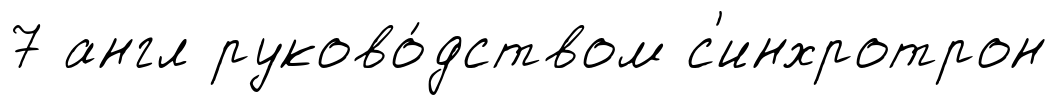
7 англ руково́дством с'инхротрон